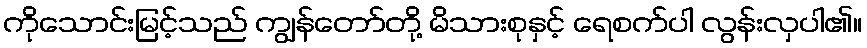
ကိုသောင်းမြင့်သည် ကျွန်တော်တို့ မိသားစုနှင့် ရေစက်ပါ လွန်းလှပါ၏။